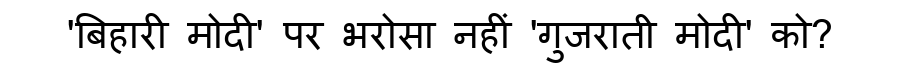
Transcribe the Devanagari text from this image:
'बिहारी मोदी' पर भरोसा नहीं 'गुजराती मोदी' को?